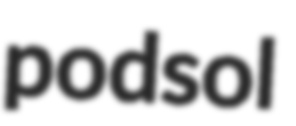
podsol